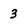
Character: 3